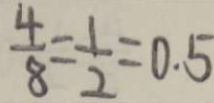
\frac { 4 } { 8 } = \frac { 1 } { 2 } = 0 . 5